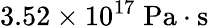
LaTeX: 3.52\times 10^{17}\; \mathrm{Pa\cdot s}